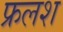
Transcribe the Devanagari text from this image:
फ्रलश